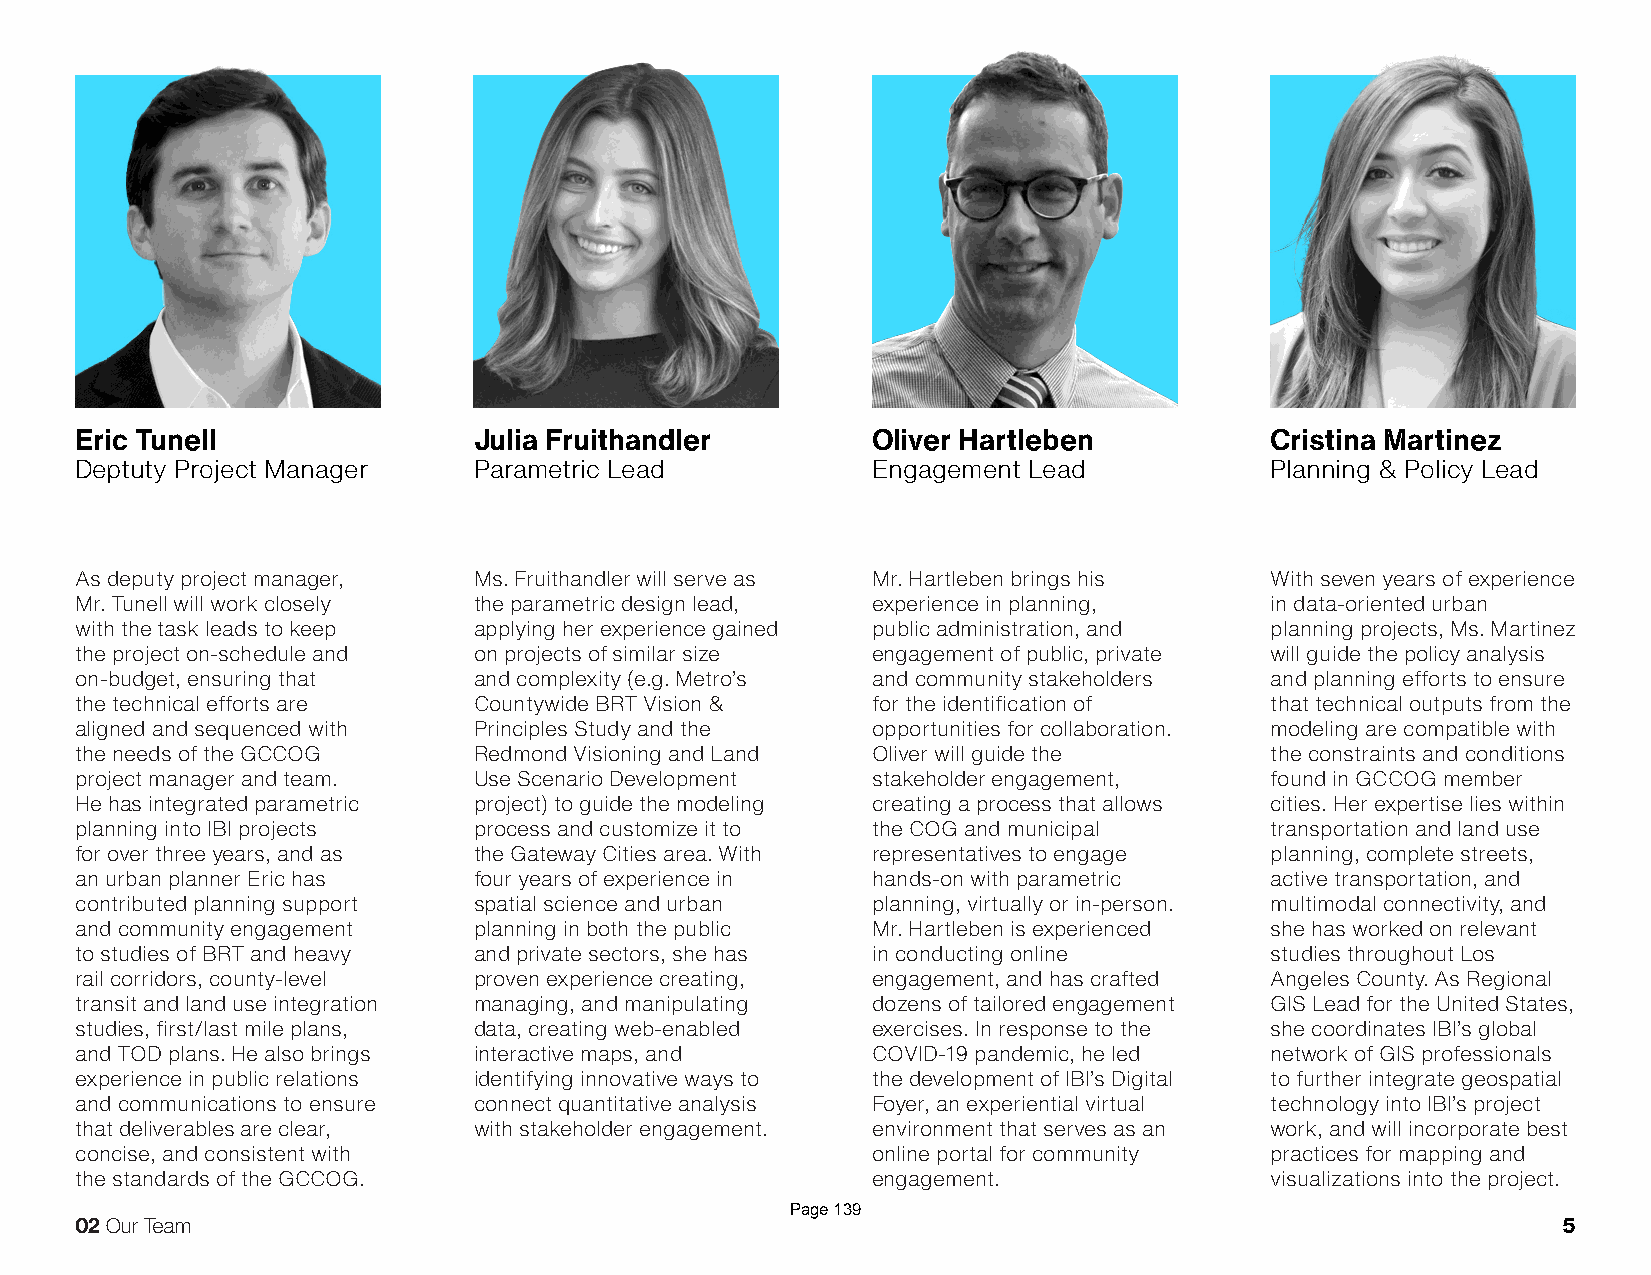
Eric Tunell               Julia Fruithandler         Oliver Hartleben          Cristina Martinez
 Deptuty Project Manager   Parametric Lead            Engagement Lead           Planning & Policy Lead
 As deputy project manager, Ms. Fruithandler will serve as Mr. Hartleben brings his With seven years of experience
 Mr. Tunell will work closely the parametric design lead, experience in planning, in data-oriented urban
 with the task leads to keep applying her experience gained public administration, and planning projects, Ms. Martinez
 the project on-schedule and on projects of similar size engagement of public, private will guide the policy analysis
 on-budget, ensuring that  and complexity (e.g. Metro’s and community stakeholders and planning efforts to ensure
 the technical efforts are Countywide BRT Vision &    for the identification of that technical outputs from the
 aligned and sequenced with Principles Study and the  opportunities for collaboration. modeling are compatible with
 the needs of the GCCOG    Redmond Visioning and Land Oliver will guide the     the constraints and conditions
 project manager and team. Use Scenario Development   stakeholder engagement,   found in GCCOG member
 He has integrated parametric project) to guide the modeling creating a process that allows cities. Her expertise lies within
 planning into IBI projects process and customize it to the COG and municipal   transportation and land use
 for over three years, and as the Gateway Cities area. With representatives to engage planning, complete streets,
 an urban planner Eric has four years of experience in hands-on with parametric active transportation, and
 contributed planning support spatial science and urban planning, virtually or in-person. multimodal connectivity, and
 and community engagement  planning in both the public Mr. Hartleben is experienced she has worked on relevant
 to studies of BRT and heavy and private sectors, she has in conducting online  studies throughout Los
 rail corridors, county-level proven experience creating, engagement, and has crafted Angeles County. As Regional
 transit and land use integration managing, and manipulating dozens of tailored engagement GIS Lead for the United States,
 studies, first/last mile plans, data, creating web-enabled exercises. In response to the she coordinates IBI’s global
 and TOD plans. He also brings interactive maps, and  COVID-19 pandemic, he led network of GIS professionals
 experience in public relations identifying innovative ways to the development of IBI’s Digital to further integrate geospatial
 and communications to ensure connect quantitative analysis Foyer, an experiential virtual technology into IBI’s project
 that deliverables are clear, with stakeholder engagement. environment that serves as an work, and will incorporate best
 concise, and consistent with                         online portal for community practices for mapping and
 the standards of the GCCOG.                          engagement.               visualizations into the project.
 Page 139
 02 Our Team                                                                                       5